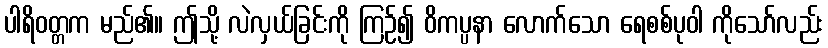
ပါရိဝတ္တက မည်၏။ ဤသို့ လဲလှယ်ခြင်းကို ကြဉ်၍ ဝိကပ္ပနာ လောက်သော ရေစစ်ပုဝါ ကိုသော်လည်း